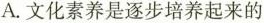
A.文化素养是逐步培养起来的